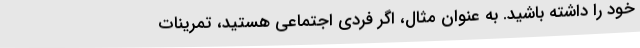
خود را داشته باشید. به عنوان مثال، اگر فردی اجتماعی هستید، تمرینات